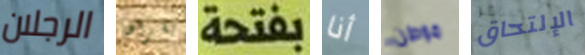
الرجلان يقرأها بفتحة أنا موطن الإلتحاق